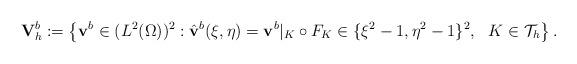
LaTeX: \begin{align*}\mathbf V_{h}^{b}:=\left\{\mathbf v^{b}\in (L^{2}(\Omega))^2:\hat{\mathbf v}^{b}(\xi,\eta)=\mathbf v^{b}|_{K}\circ F_{K}\in \{\xi^2-1,\eta^2-1\}^2,\ \ K\in\mathcal{T}_{h}\right\}.\end{align*}